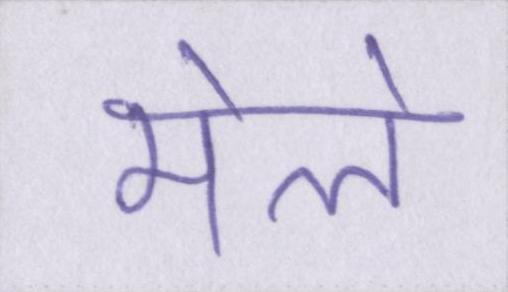
मेले